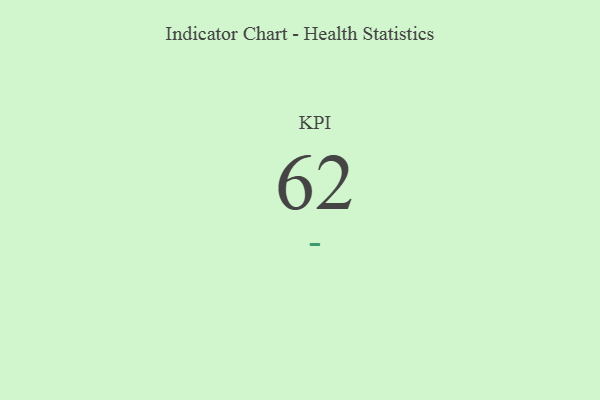
{"axis": {"x": "KPI", "y": "Value"}, "legend": [""], "data": [{"x": "KPI", "y": 62, "type": ""}]}